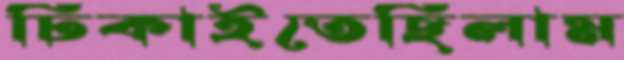
ঢিকাইতেছিলাম